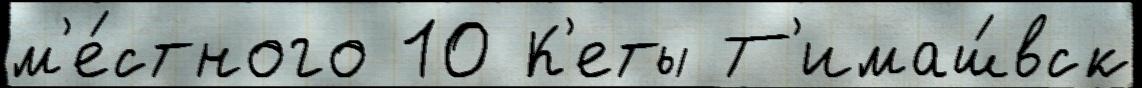
м'е́стного 10 К'еты Т'имаш́вск